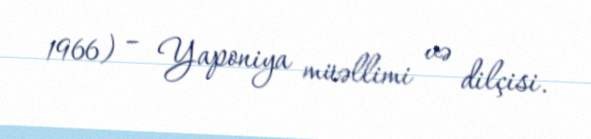
1966) – Yaponiya müəllimi və dilçisi.